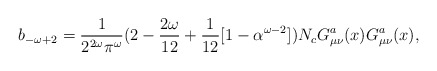
\begin{align*}b_{-\omega+2}=\frac{1}{2^{2\omega}\pi^{\omega}}(2-\frac{2\omega}{12}+\frac{1}{12}[1-\alpha^{\omega-2}]) N_{c} G_{\mu\nu}^{a}(x)G_{\mu\nu}^{a}(x),\end{align*}